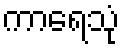
ကာရေသုံ